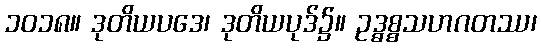
၁၀၁၈။ ဒုတိယပဒေ၊ ဒုတိယပုဒ်၌။ ဥဒ္ဓစ္စသဟဂတဿ၊